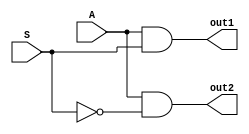
module demux1x2(A,S,out1,out2);
	input A,S;
	output out1,out2;
	
	wire s;
	not (s,S);
	
	
	and (out1,A,S);
	and (out2,A,s);
	
endmodule